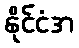
နိုင်ငံအ